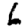
Digit: 6